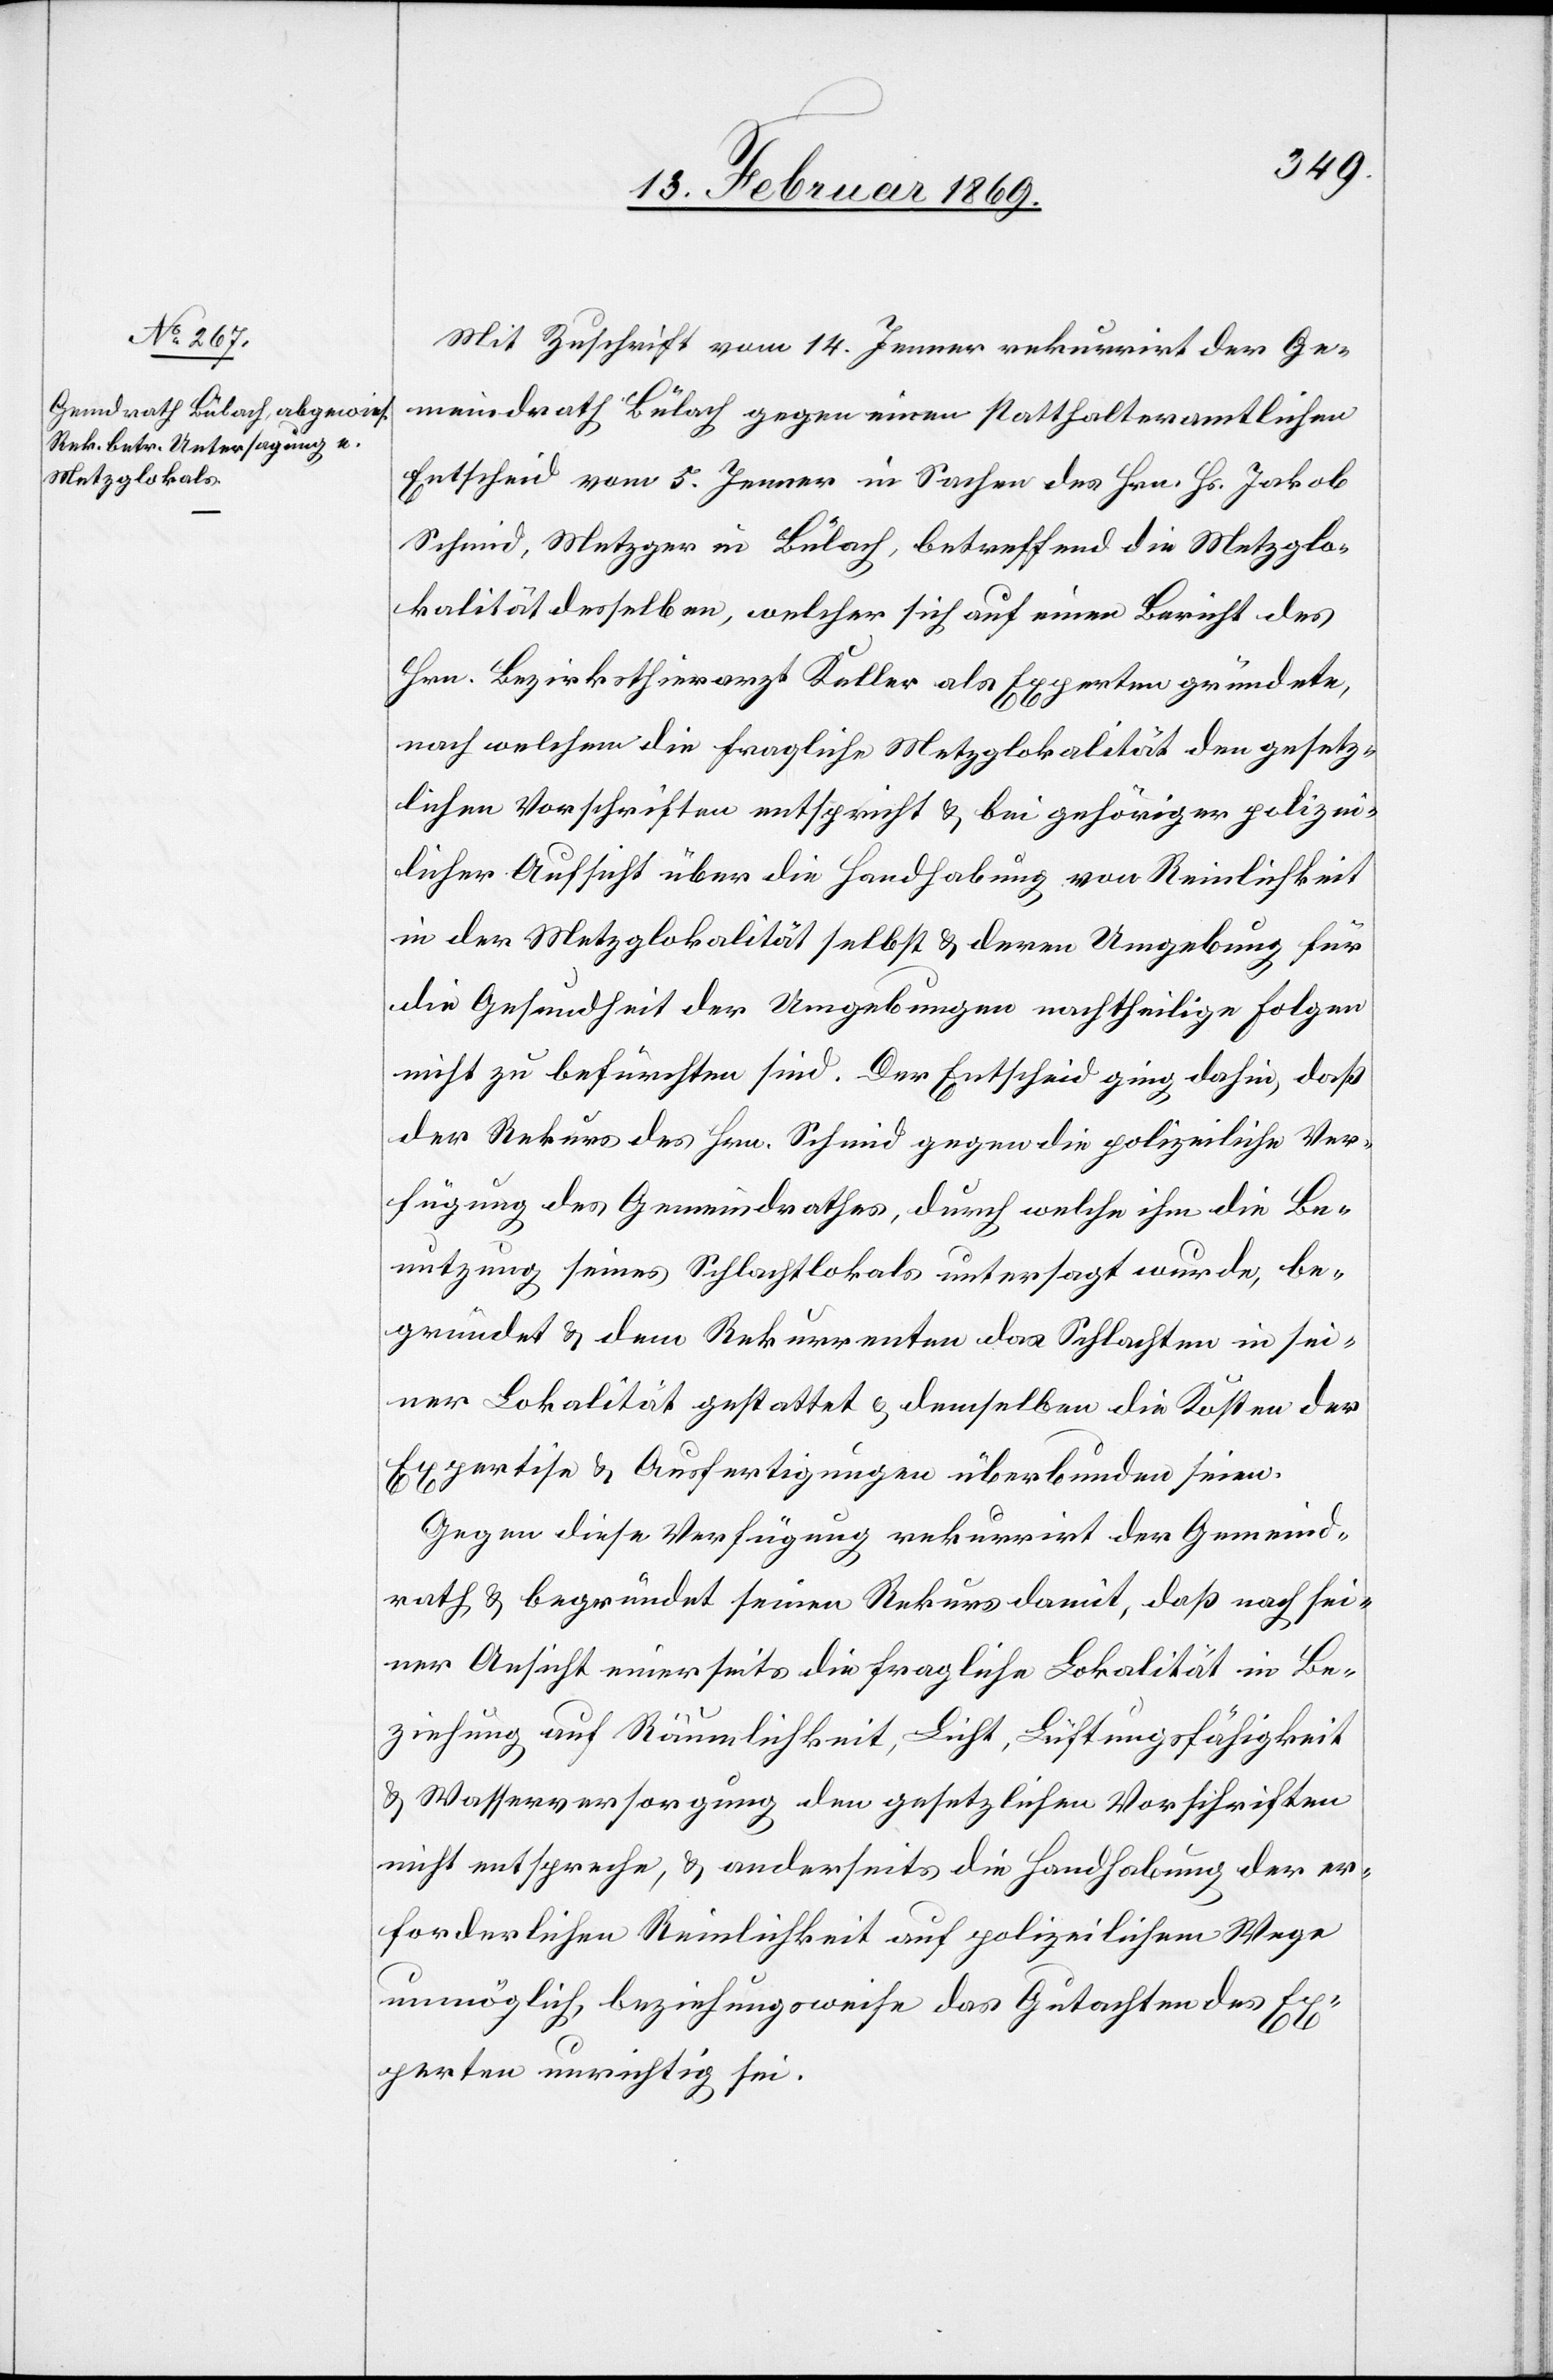
Mit Zuschrift vom 14. Jenner rekurrirt der Ge¬
meindrath Bülach gegen einen statthalteramtlichen
Entscheid vom 5. Jenner in Sachen des Hrn. Hs. Jakob
Schmid, Metzger in Bülach, betreffend die Metzglo¬
kalität desselben, welcher sich auf einen Bericht des
Hrn. Bezirksthierarzt Keller als Experten gründete,
nach welchem die fragliche Metzglokalität den gesetz¬
lichen Vorschriften entspricht u. bei gehöriger polizei¬
licher Aufsicht über die Handhabung von Reinlichkeit
in der Metzglokalität selbst u. deren Umgebung für
die Gesundheit der Umgebungen nachtheilige Folgen
nicht zu befürchten sind. Der Entscheid ging dahin, daß
der Rekurs des Hrn. Schmid gegen die polizeiliche Ver¬
fügung des Gemeindrathes, durch welche ihn die Be¬
nutzung seines Schlachtlokales untersagt wurde, be¬
gründet u. dem Rekurrenten das Schlachten in sei¬
ner Lokalität gestattet u. demselben die Kosten der
Expertise u. Ausfertigungen überbunden seien.
Gegen diese Verfügung rekurrirt der Gemeind¬
rath, u. begründet seinen Rekurs damit, daß nach sei¬
ner Ansicht einerseits die fragliche Lokalität in Be¬
ziehung auf Räumlichkeit, Licht, Lüftungsfähigkeit
u. Wasserversorgung den gesetzlichen Vorschriften
nicht entspreche, u. anderseits die Handhabung der er¬
forderlichen Reinlichkeit auf polizeilichem Wege
unmöglich, beziehungsweise das Gutachten des Ex¬
perten unrichtig sei.